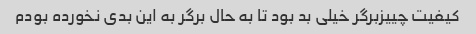
کیفیت چییزبرگر خیلی بد بود تا به حال برگر به این بدی نخورده بودم